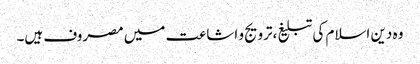
وہ دین اسلام کی تبلیغ،ترویج و اشاعت میں مصروف ہیں۔